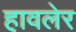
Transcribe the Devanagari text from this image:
हावलेर